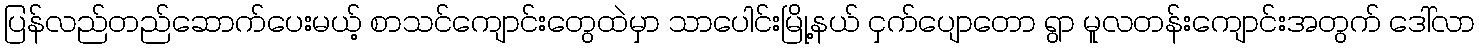
ပြန်လည်တည်ဆောက်ပေးမယ့် စာသင်ကျောင်းတွေထဲမှာ သာပေါင်းမြို့နယ် ငှက်ပျောတော ရွာ မူလတန်းကျောင်းအတွက် ဒေါ်လာ